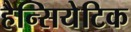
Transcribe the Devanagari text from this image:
हैन्सियेटिक